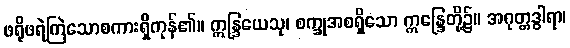
ဖရိုဖရဲကြဲသောစကားရှိကုန်၏။ ဣန္ဒြယေသု၊ စက္ခုအစရှိသော ဣန္ဒြေတို့၌။ အဂုတ္တဒွါရာ၊